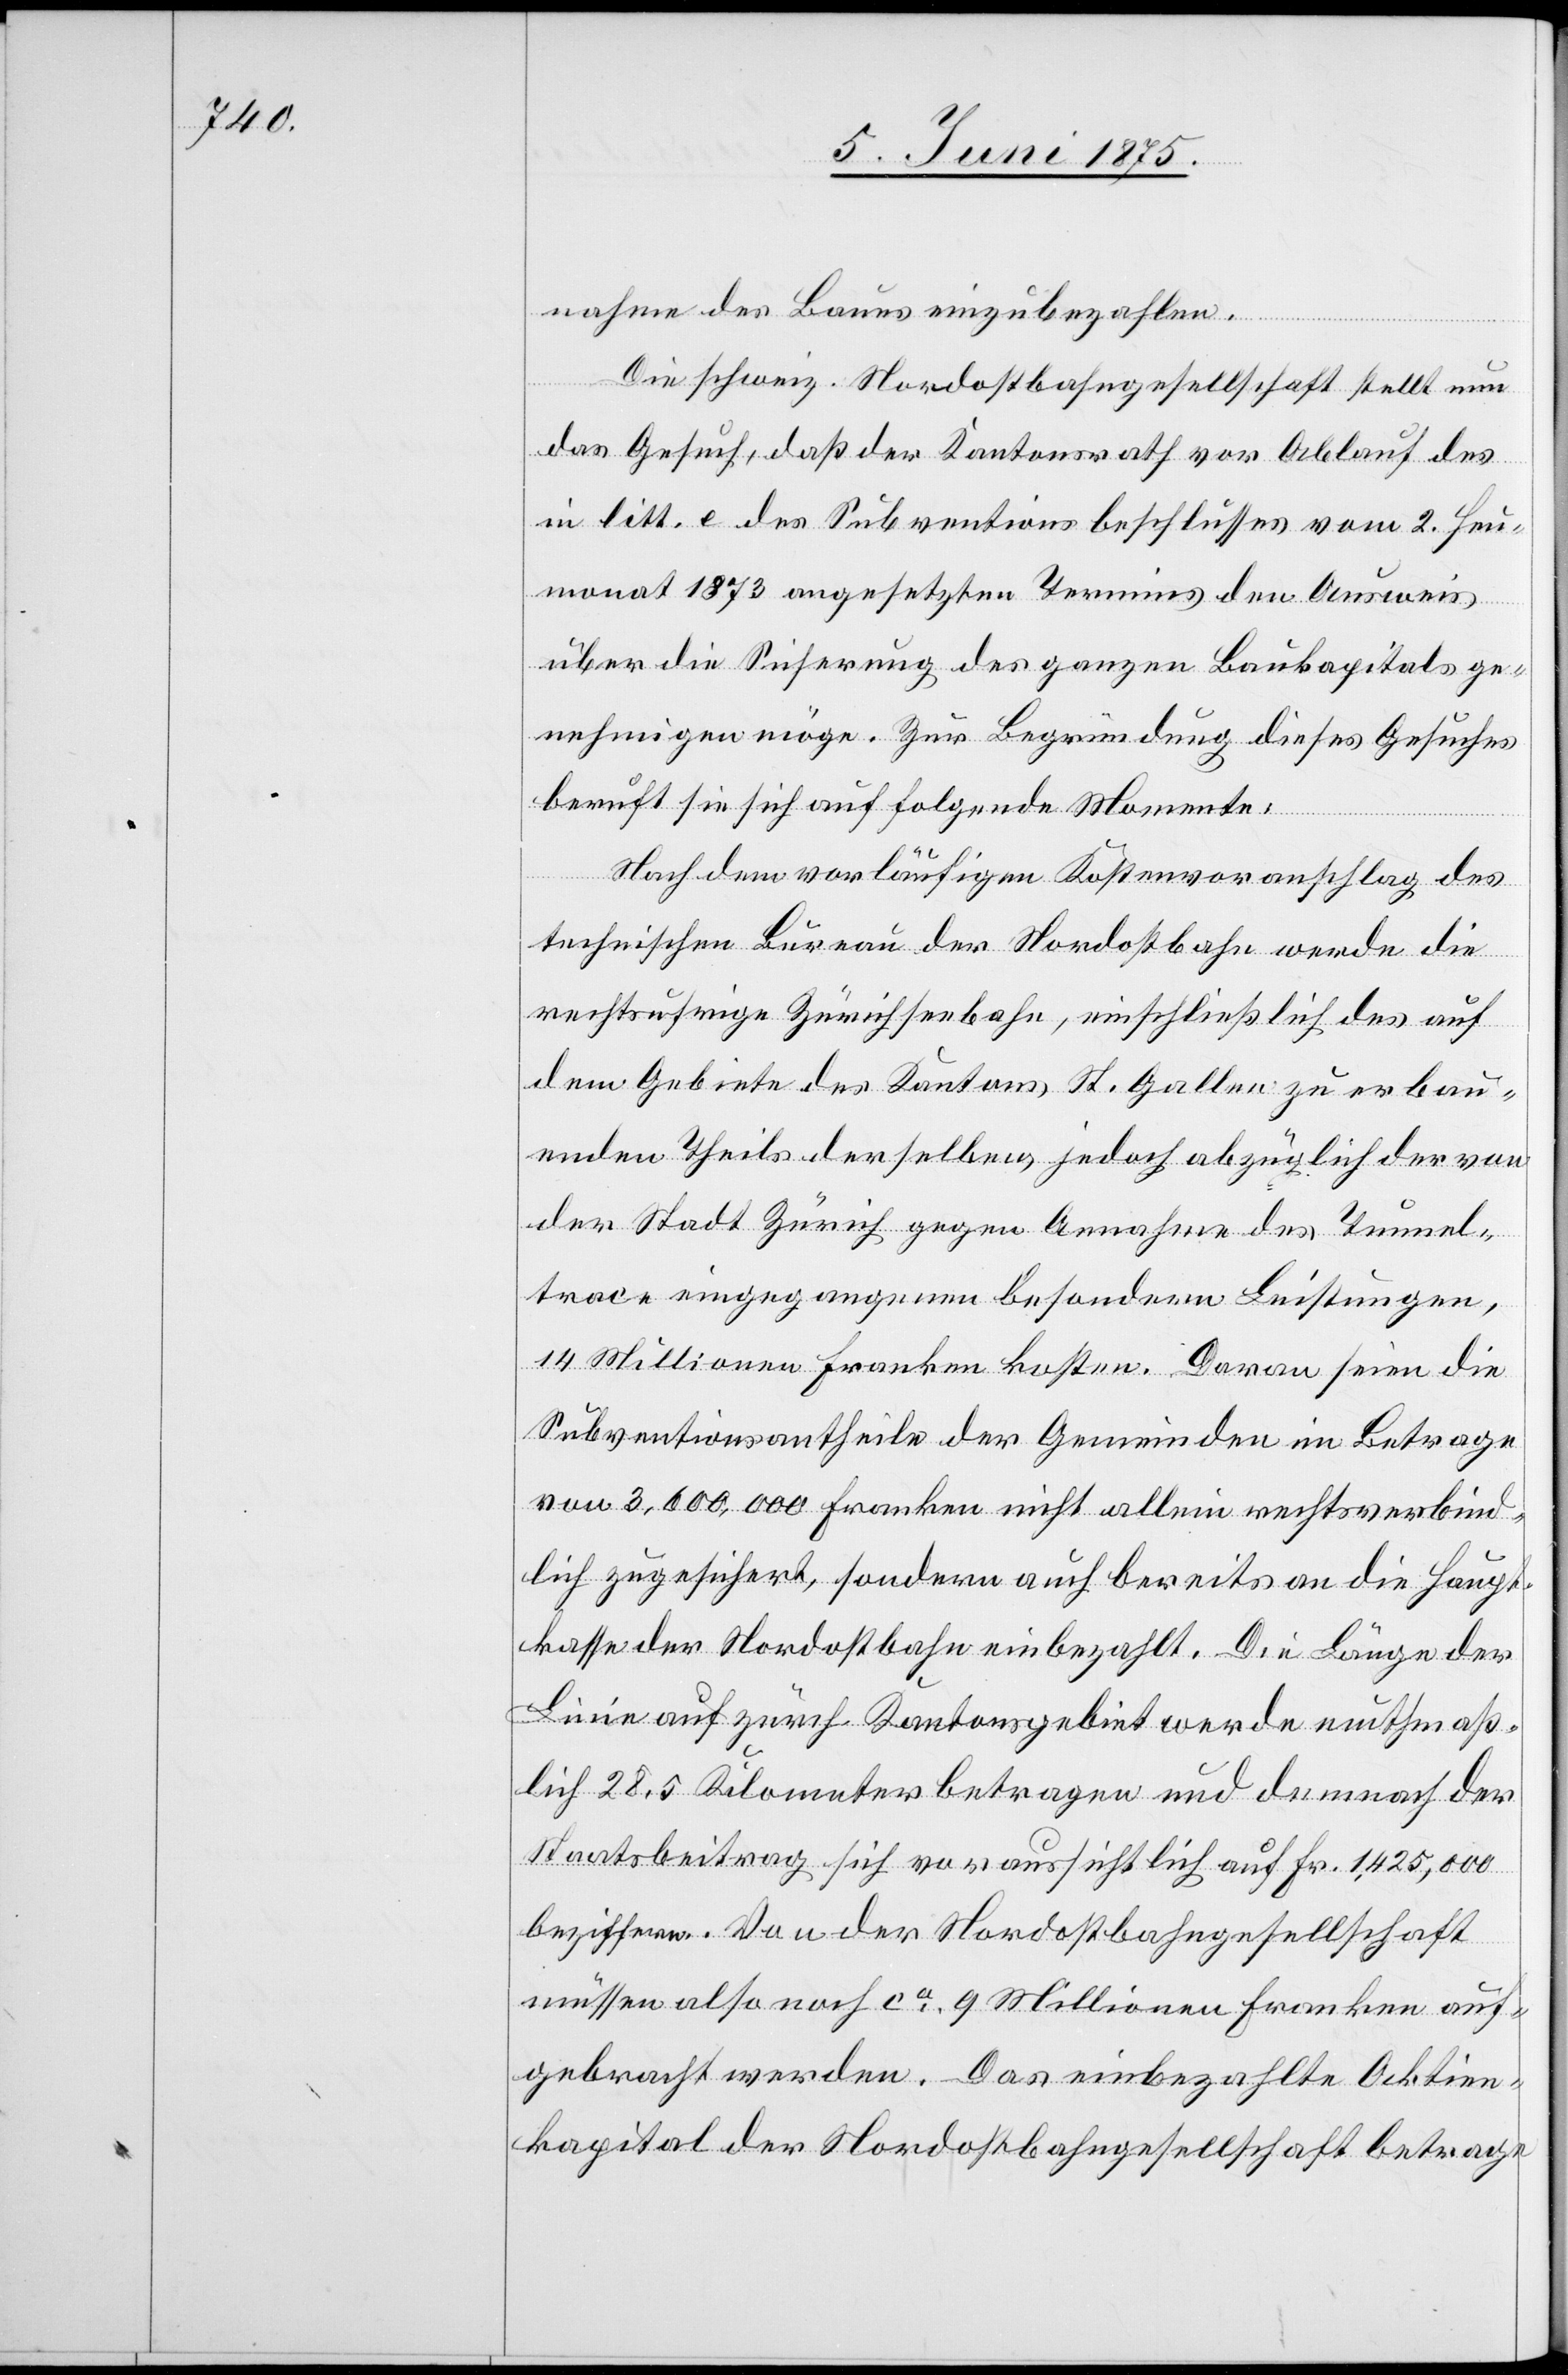
nahme des Baues einzubezahlen.
Die schweiz. Nordostbahngesellschaft stellt nun
das Gesuch, daß der Kantonsrath vor Ablauf des
in litt. e des Subventionsbeschlusses vom 2. Heu¬
monat 1873 angesetzten Termins den Ausweis
über die Sicherung des ganzen Baukapitals ge¬
nehmigen möge. Zur Begründung dieses Gesuches
beruft sie sich auf folgende Momente:
Nach dem vorläufigen Kostenvoranschlag des
technischen Bureau der Nordostbahn werde die
rechtsufrige Zürichseebahn, einschließlich des auf
dem Gebiete des Kantons St. Gallen zu erbau¬
enden Theils derselben, jedoch abzüglich der von
der Stadt Zürich gegen Annahme des Tunnel¬
trace eingegangenen besondern Leistungen,
14 Millionen Franken kosten. Daran seien die
Subventionsantheile der Gemeinden im Betrage
von 3,600,000 Franken nicht allein rechtsverbind¬
lich zugesichert, sondern auch bereits an die Haupt¬
kasse der Nordostbahn einbezahlt. Die Länge der
Linie auf zürch. Kantonsgebiet werde muthmaß¬
lich 28,5 Kilometer betragen und demnach der
Staatsbeitrag sich voraussichtlich auf Fr. 1,425,000
beziffern. Von der Nordostbahngesellschaft
müssen also noch ca 9 Millionen Franken auf¬
gebracht werden. Das einbezahlte Aktien¬
kapital der Nordostbahngesellschaft betrage